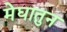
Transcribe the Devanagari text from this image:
मेघातुन